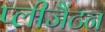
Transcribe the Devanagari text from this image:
प्लीजैंटन